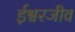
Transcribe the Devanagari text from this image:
ईश्वरजीव